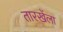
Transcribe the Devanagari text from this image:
तारखेंला